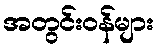
အတွင်းဝန်များ